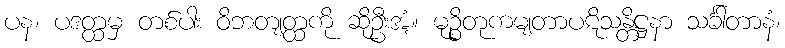
ပန၊ ပဒတ္ထမှ တစ်ပါး ဝိဘတျတ္ထကို ဆိုဦးအံ့။ မုဉ္စိတုကမျတာပဋိသန္တိဋ္ဌနာ သင်္ခါတာနံ၊